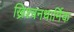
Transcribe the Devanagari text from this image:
ख्रिश्चनधार्मिक